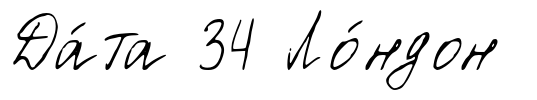
Да́та 34 Ло́ндон